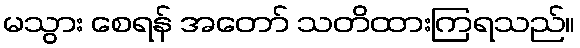
မသွား စေရန် အတော် သတိထားကြရသည်။